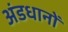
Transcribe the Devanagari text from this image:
अंडधानों